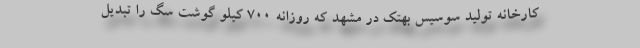
کارخانه تولید سوسیس بهتک در مشهد که روزانه ۷۰۰ کیلو گوشت سگ را تبدیل